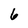
Character: 6